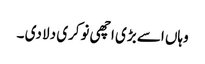
وہاں اسے بڑی اچھی نوکری دلا دی ۔